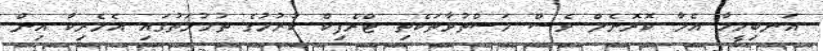
އަނބިމީހާ އެމާ ކޮރޮނެލް ވެސް މަސްތުވާތަކެތި ޓްރެފިކް ކުރުމުގެ ތުހުމަތުގައި އެމެރިކާ އިން